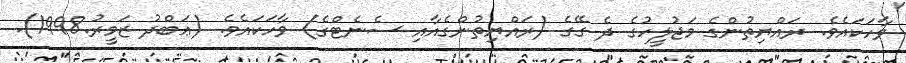
ވާހަކައެވެ. ރައްޔިތުންގެ މަޖުލީހުގެ ދެ ގޭގެ (ރައްޔިތުންގެއާއި ސެނެޓްގެ) ވާހަކައެވެ. (ޢަބްދު ޒަމީރު.1998).